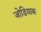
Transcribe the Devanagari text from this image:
जोडियाक